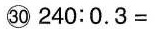
㉚ $$2 4 0 : 0 . 3 =$$